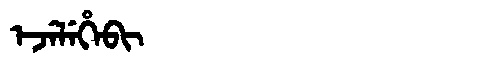
Manchu: ᡝᠵᡝᠯᡝᡥᡝᠪᡳ
Romanization: EJELEHEBI